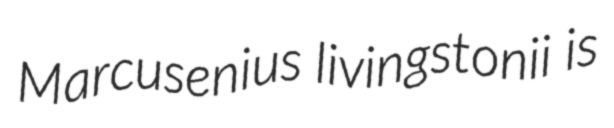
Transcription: Marcusenius livingstonii is